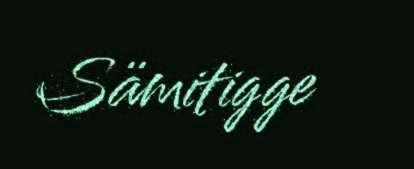
Sämitigge